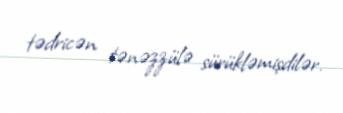
tədricən tənəzzülə sürükləmişdilər.